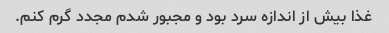
غذا بیش از اندازه سرد بود و مجبور شدم مجدد گرم کنم.